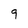
Character: 9